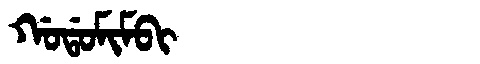
Manchu: ᡤᠣᡩᠣᠮᡳᠮᠪᡳ
Romanization: GODOMIMBI